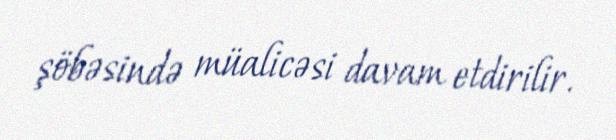
şöbəsində müalicəsi davam etdirilir.